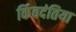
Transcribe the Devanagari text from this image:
किंवदंतिया